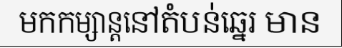
មកកម្សាន្តនៅតំបន់ឆ្នេរ មាន